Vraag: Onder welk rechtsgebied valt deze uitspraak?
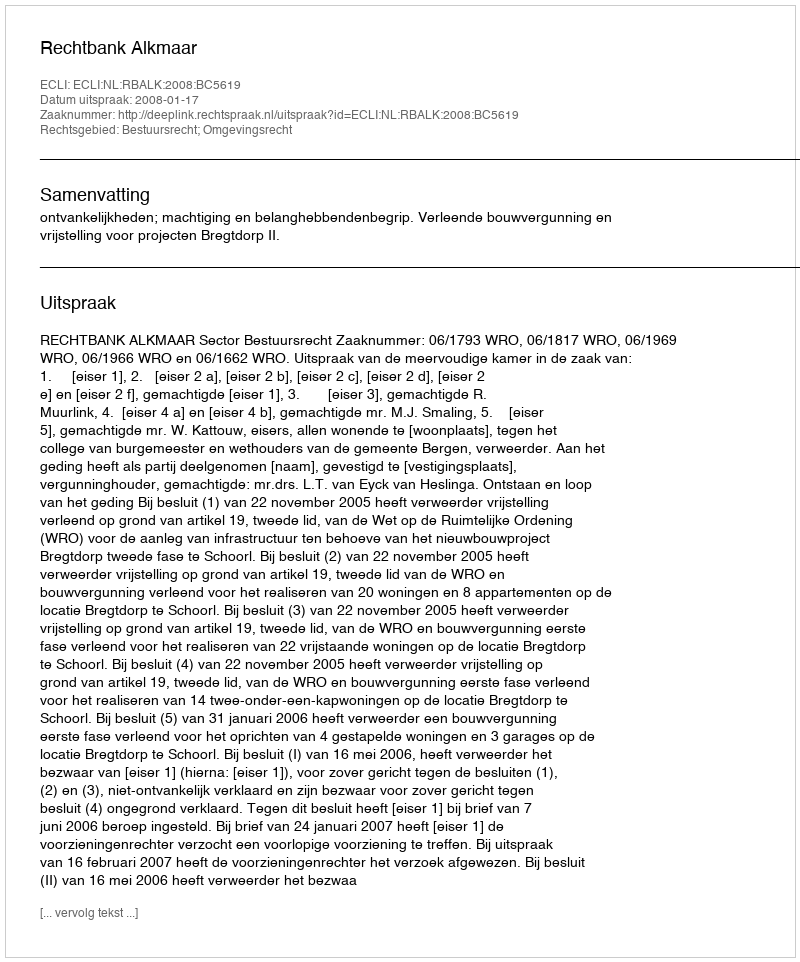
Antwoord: Bestuursrecht; Omgevingsrecht